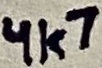
Text: 4k7